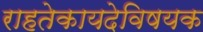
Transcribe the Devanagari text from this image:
राहतेकायदेविषयक